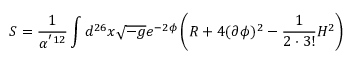
S = \frac { 1 } { \alpha ^ { ' 1 2 } } \int d ^ { 2 6 } x \sqrt { - g } e ^ { - 2 \phi } \left( R + 4 ( \partial \phi ) ^ { 2 } - \frac { 1 } { 2 \cdot 3 ! } H ^ { 2 } \right)